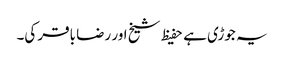
یہ جوڑی ہے حفیظ شیخ اور رضا باقر کی۔